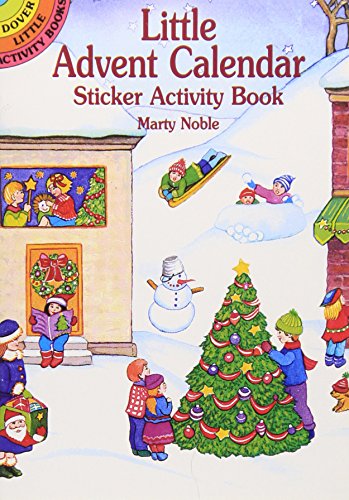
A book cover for Little Advent Calendar Sticker Activity Book (Dover Little Activity Books Stickers); Marty Noble; Calendars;